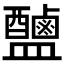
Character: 𱲠